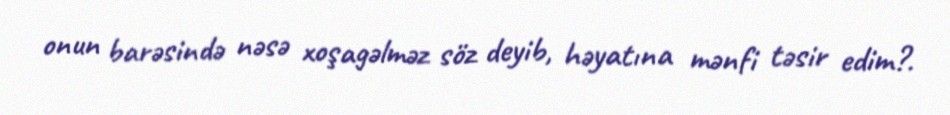
onun barəsində nəsə xoşagəlməz söz deyib, həyatına mənfi təsir edim?.